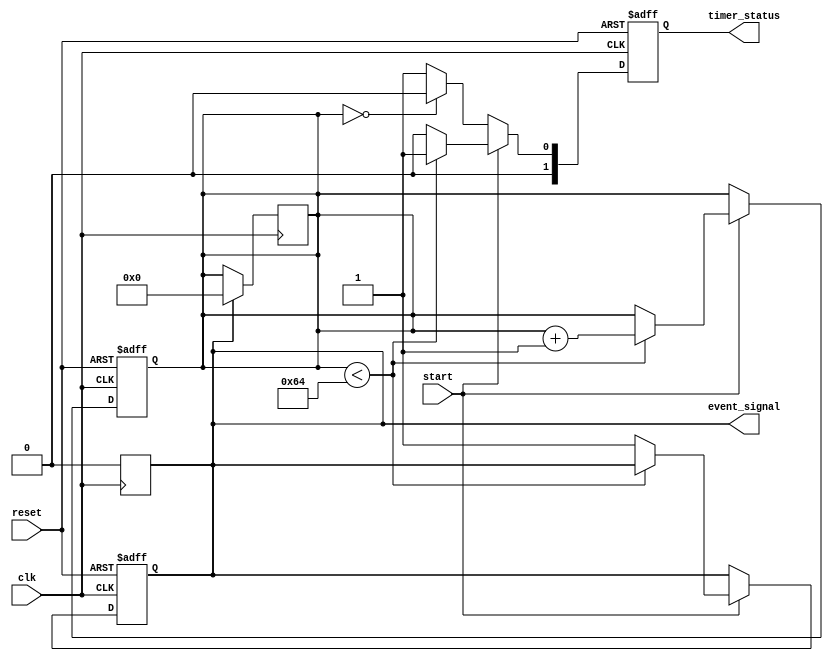
module TimerEventControl #(
    parameter TIME_DURATION = 100 // Time duration for the timer (in simulation time units)
)(
    input wire clk,               // Clock signal
    input wire start,             // Start signal
    input wire reset,             // Reset signal
    output reg event_signal,      // Event signal
    output reg [1:0] timer_status // Timer status: 00 - stopped, 01 - running, 10 - reset
);

    reg [31:0] timer_count;       // Timer counter

    // Timer status encoding
    localparam STATUS_STOPPED = 2'b00;
    localparam STATUS_RUNNING = 2'b01;
    localparam STATUS_RESET = 2'b10;

    // Sequential logic for timer operation
    always @(posedge clk or posedge reset) begin
        if (reset) begin
            // Reset the timer
            timer_count <= 0;
            event_signal <= 0;
            timer_status <= STATUS_RESET;
        end else if (start) begin
            // Start counting
            if (timer_count < TIME_DURATION) begin
                timer_count <= timer_count + 1;
                timer_status <= STATUS_RUNNING;
            end else begin
                // Timer reached the duration
                event_signal <= 1;
                timer_status <= STATUS_STOPPED;
            end
        end else begin
            // If not starting, maintain the current state
            timer_status <= (timer_count == 0) ? STATUS_STOPPED : STATUS_RUNNING;
        end
    end

    // Reset event signal after it has been asserted
    always @(posedge clk) begin
        if (event_signal) begin
            // De-assert event signal after one clock cycle
            event_signal <= 0;
            timer_count <= 0; // Optionally reset the timer count after event
        end
    end

endmodule